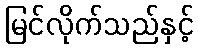
မြင်လိုက်သည်နှင့်